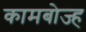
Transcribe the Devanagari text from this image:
कामबोज्ह